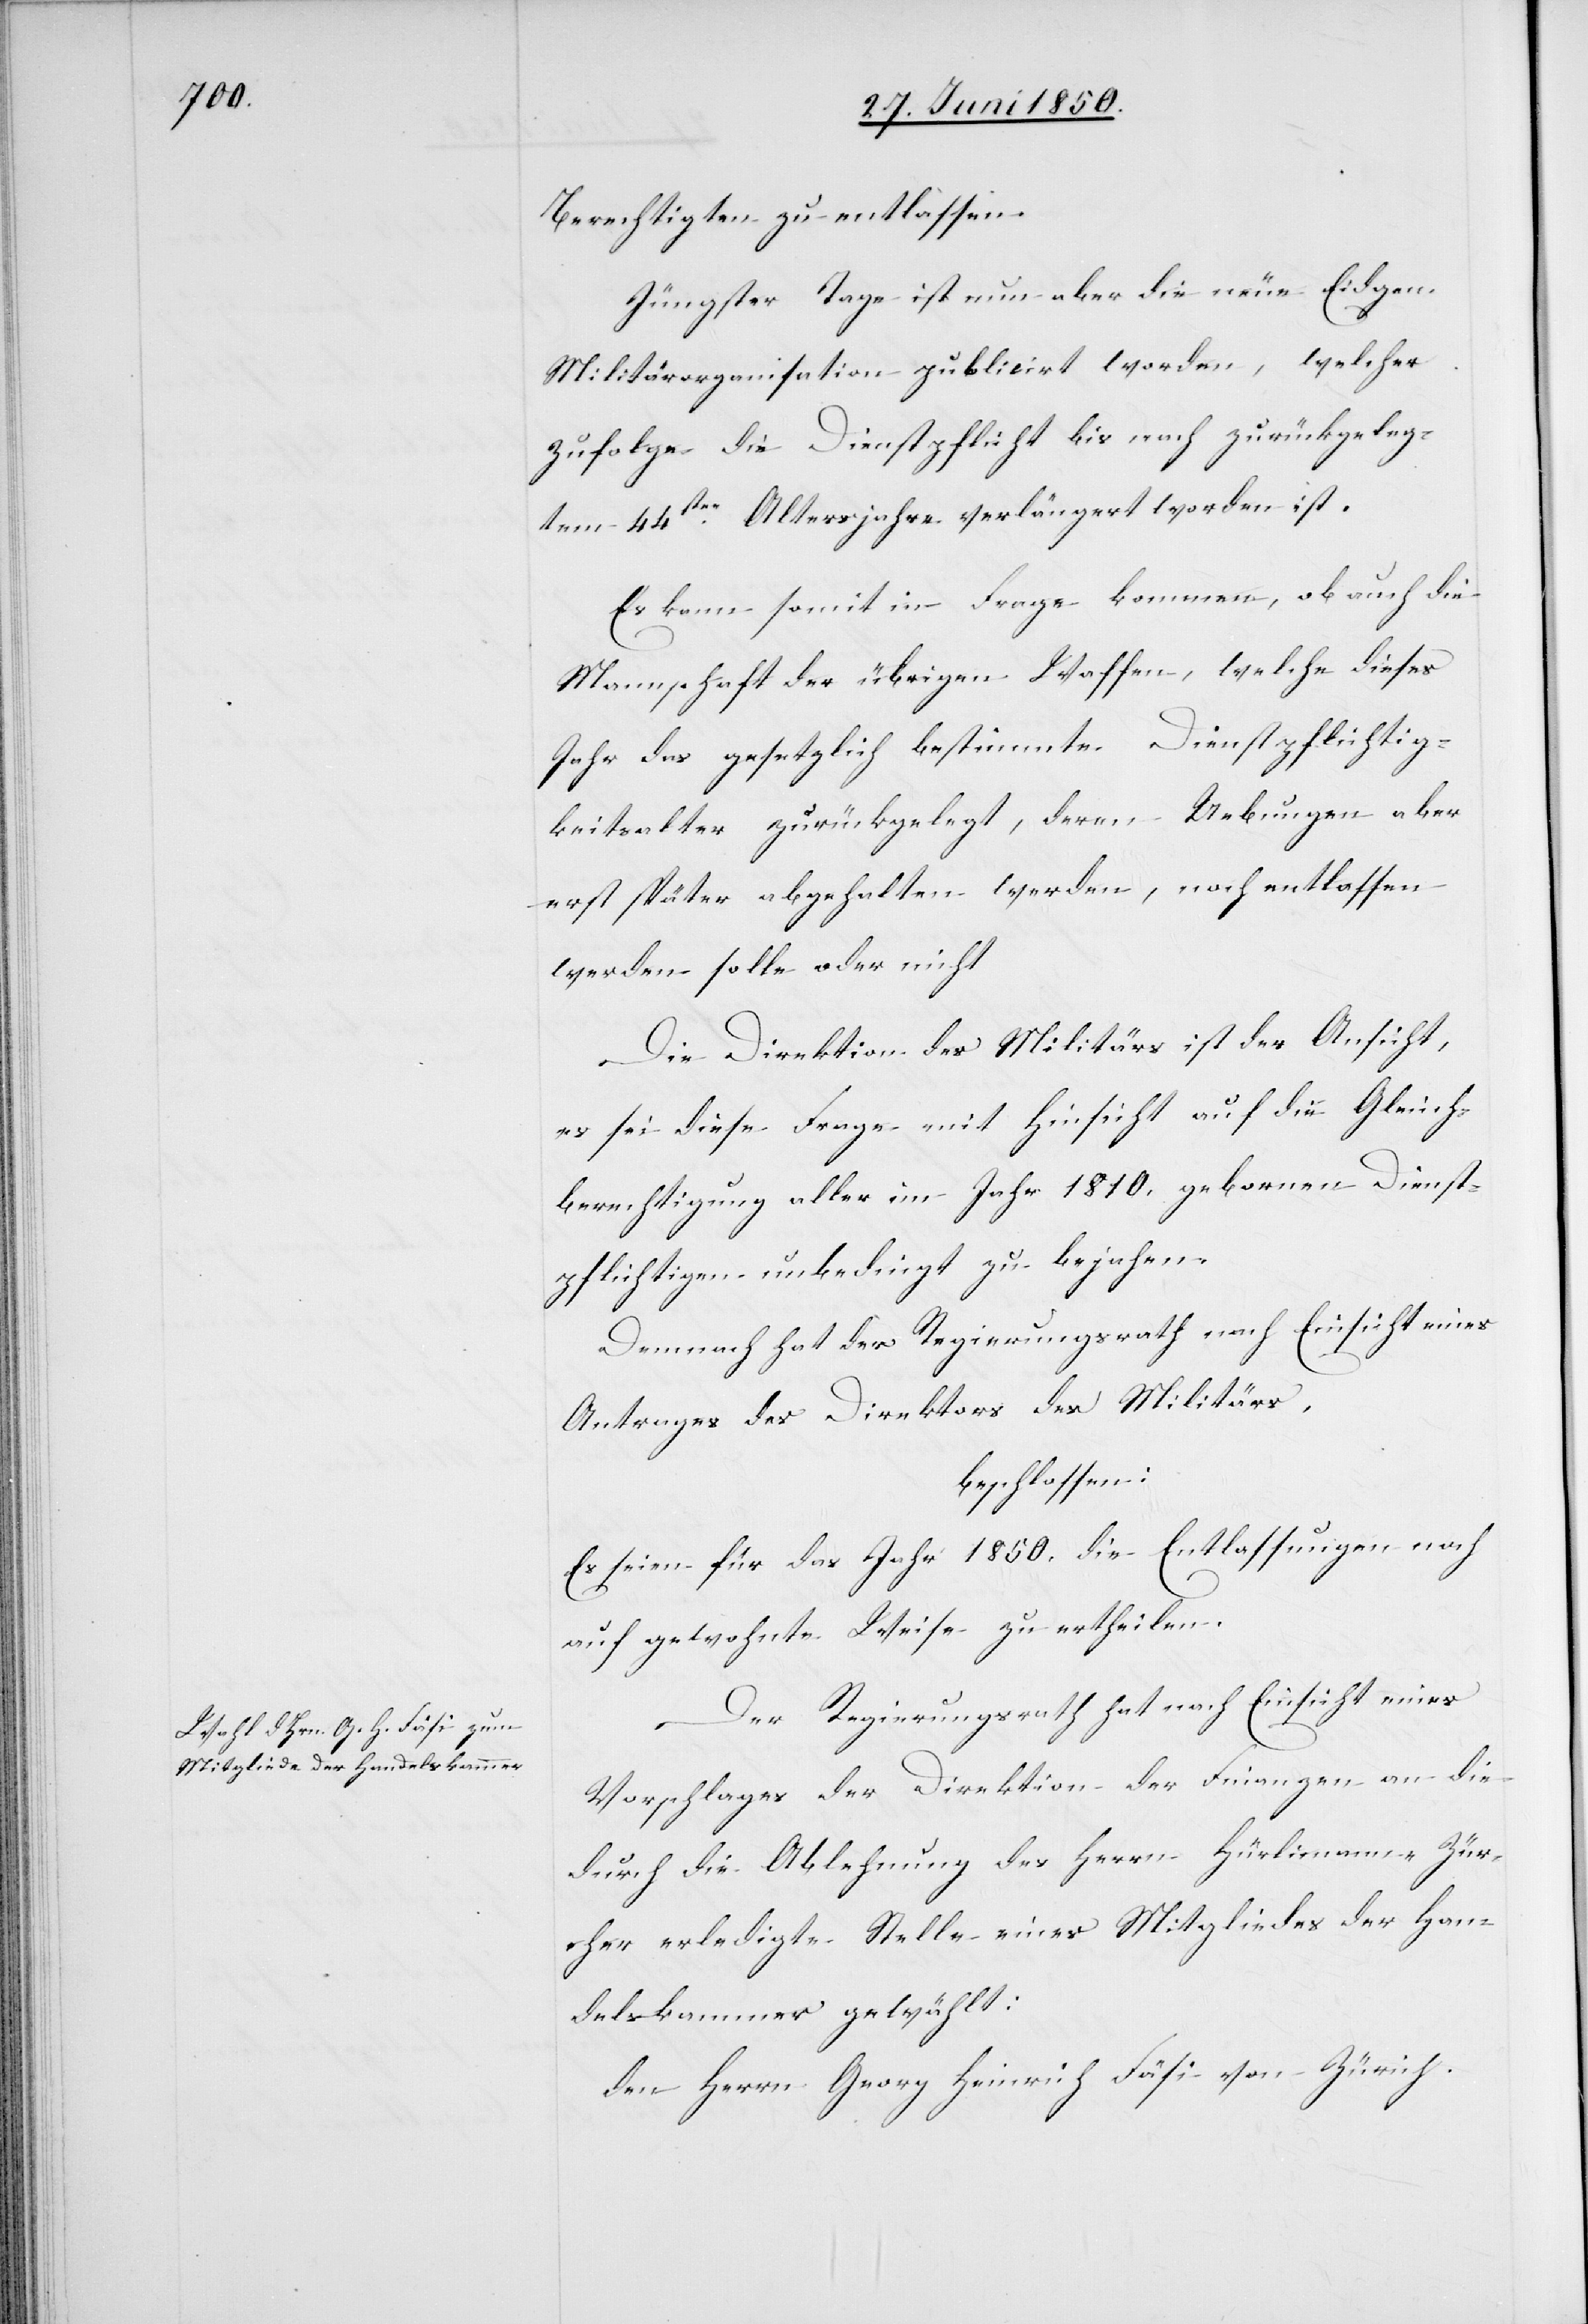
Berechtigten zu entlassen.
Jüngster Tage ist nun aber die neue Eidgen.
Militärorganisation publicirt worden, welcher
zufolge die Dienstpflicht bis nach zurückgeleg¬
tem 44sten Altersjahre verlängert worden ist.
Es kann somit in Frage kommen, ob auch die
Mannschaft der übrigen Waffen, welche dieses
Jahr das gesetzlich bestimmte Dienstpflichtig¬
keitsalter zurückgelegt, deren Uebungen aber
erst später abgehalten werden, noch entlassen
werden solle oder nicht[.]
Die Direktion des Militärs ist der Ansicht,
es sei diese Frage mit Hinsicht auf die Gleich¬
berechtigung aller im Jahr 1810. gebornen Dienst¬
pflichtigen unbedingt zu bejahen.
Demnach hat der Regierungsrath nach Einsicht eines
Antrages des Direktors des Militärs,
beschlossen:
Es seien für das Jahr 1850. die Entlassungen noch
auf gewohnte Weise zu ertheilen.
Der Regierungsrath hat nach Einsicht eines
Vorschlages der Direktion der Finanzen an die
durch die Ablehnung des Herrn Hürlimann-Zür¬
cher erledigte Stelle eines Mitgliedes der Han¬
delskammer gewählt:
den Herrn Georg Heinrich Fäsi von Zürich.